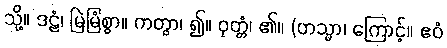
သို့။ ဒဠံ၊ မြဲမြံစွာ။ ကတွာ၊ ၍။ ဝုတ္တံ၊ ၏။ (တသ္မာ၊ ကြောင့်။ ဧဝံ